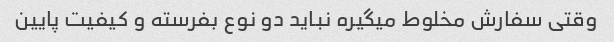
وقتی سفارش مخلوط میگیره نباید دو نوع بفرسته و کیفیت پایین